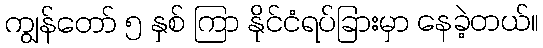
ကျွန်တော် ၅ နှစ် ကြာ နိုင်ငံရပ်ခြားမှာ နေခဲ့တယ်။